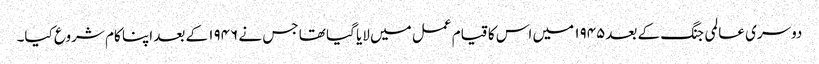
دوسری عالمی جنگ کے بعد۱۹۴۵ میں اس کا قیام عمل میں لایا گیا تھا جس نے ۱۹۴۶ کے بعد اپنا کام شروع کیا۔